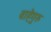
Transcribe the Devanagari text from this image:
वाहेगुरु